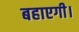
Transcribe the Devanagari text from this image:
बहाएगी।